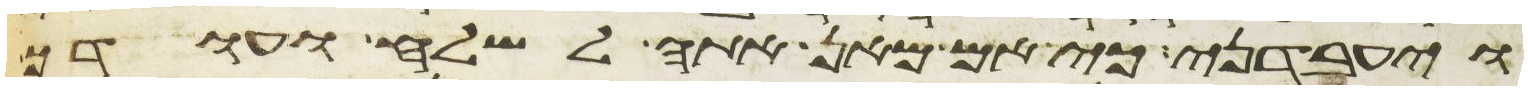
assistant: ויעבדני כי אם מאן אתה לשלח ועודך